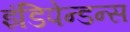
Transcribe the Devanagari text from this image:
इंडिपेन्डन्स